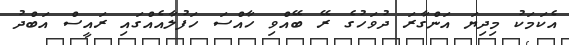
އެކަމަކު މިދިޔަ އަންގާރަ ދުވަހުގެ ރޭ ބޭއްވި ހާއްސަ ހަފުލާއެއްގައި ރައީސް އަބްދު